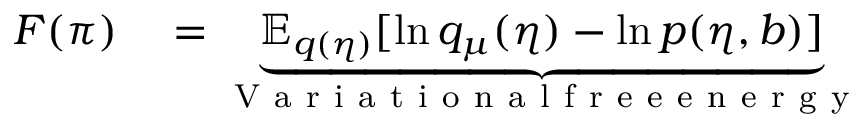
\begin{array} { r l } { F ( \pi ) } & { { } = \underbrace { { { \mathbb { E } } _ { q ( \eta ) } } [ \ln { { q } _ { \mu } } ( \eta ) - \ln p ( \eta , b ) ] } _ { \mathrm { ~ V ~ a ~ r ~ i ~ a ~ t ~ i ~ o ~ n ~ a ~ l ~ f ~ r ~ e ~ e ~ e ~ n ~ e ~ r ~ g ~ y ~ } } } \end{array}